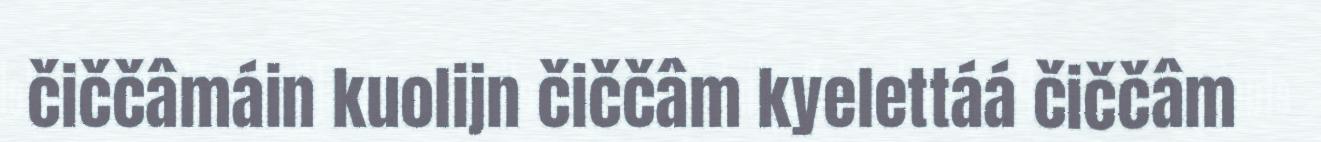
čiččâmáin kuolijn čiččâm kyelettáá čiččâm